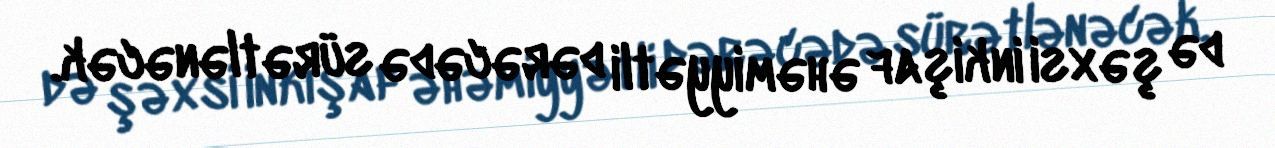
də şəxsi inkişaf əhəmiyyətli dərəcədə sürətlənəcək.